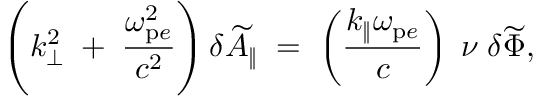
\left( k _ { \bot } ^ { 2 } \; + \; \frac { \omega _ { \mathrm { p } e } ^ { 2 } } { c ^ { 2 } } \right) \delta \widetilde { A } _ { \| } \; = \; \left( \frac { k _ { \| } \omega _ { \mathrm { p } e } } { c } \right) \; \nu \; \delta \widetilde { \Phi } ,